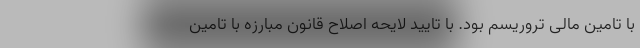
با تامین مالی تروریسم بود. با تایید لایحه اصلاح قانون مبارزه با تامین